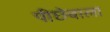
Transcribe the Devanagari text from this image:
पीछेबाला